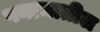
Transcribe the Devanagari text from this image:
पनामातील